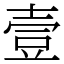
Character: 壹